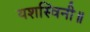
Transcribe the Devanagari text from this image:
यशस्विनी॥